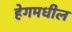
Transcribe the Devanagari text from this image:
हेगमधील